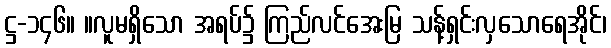
ဋ္ဌ-၁၄၆။ ။လူမရှိသော အရပ်၌ ကြည်လင်အေးမြ သန့်ရှင်းလှသောရေအိုင်၊